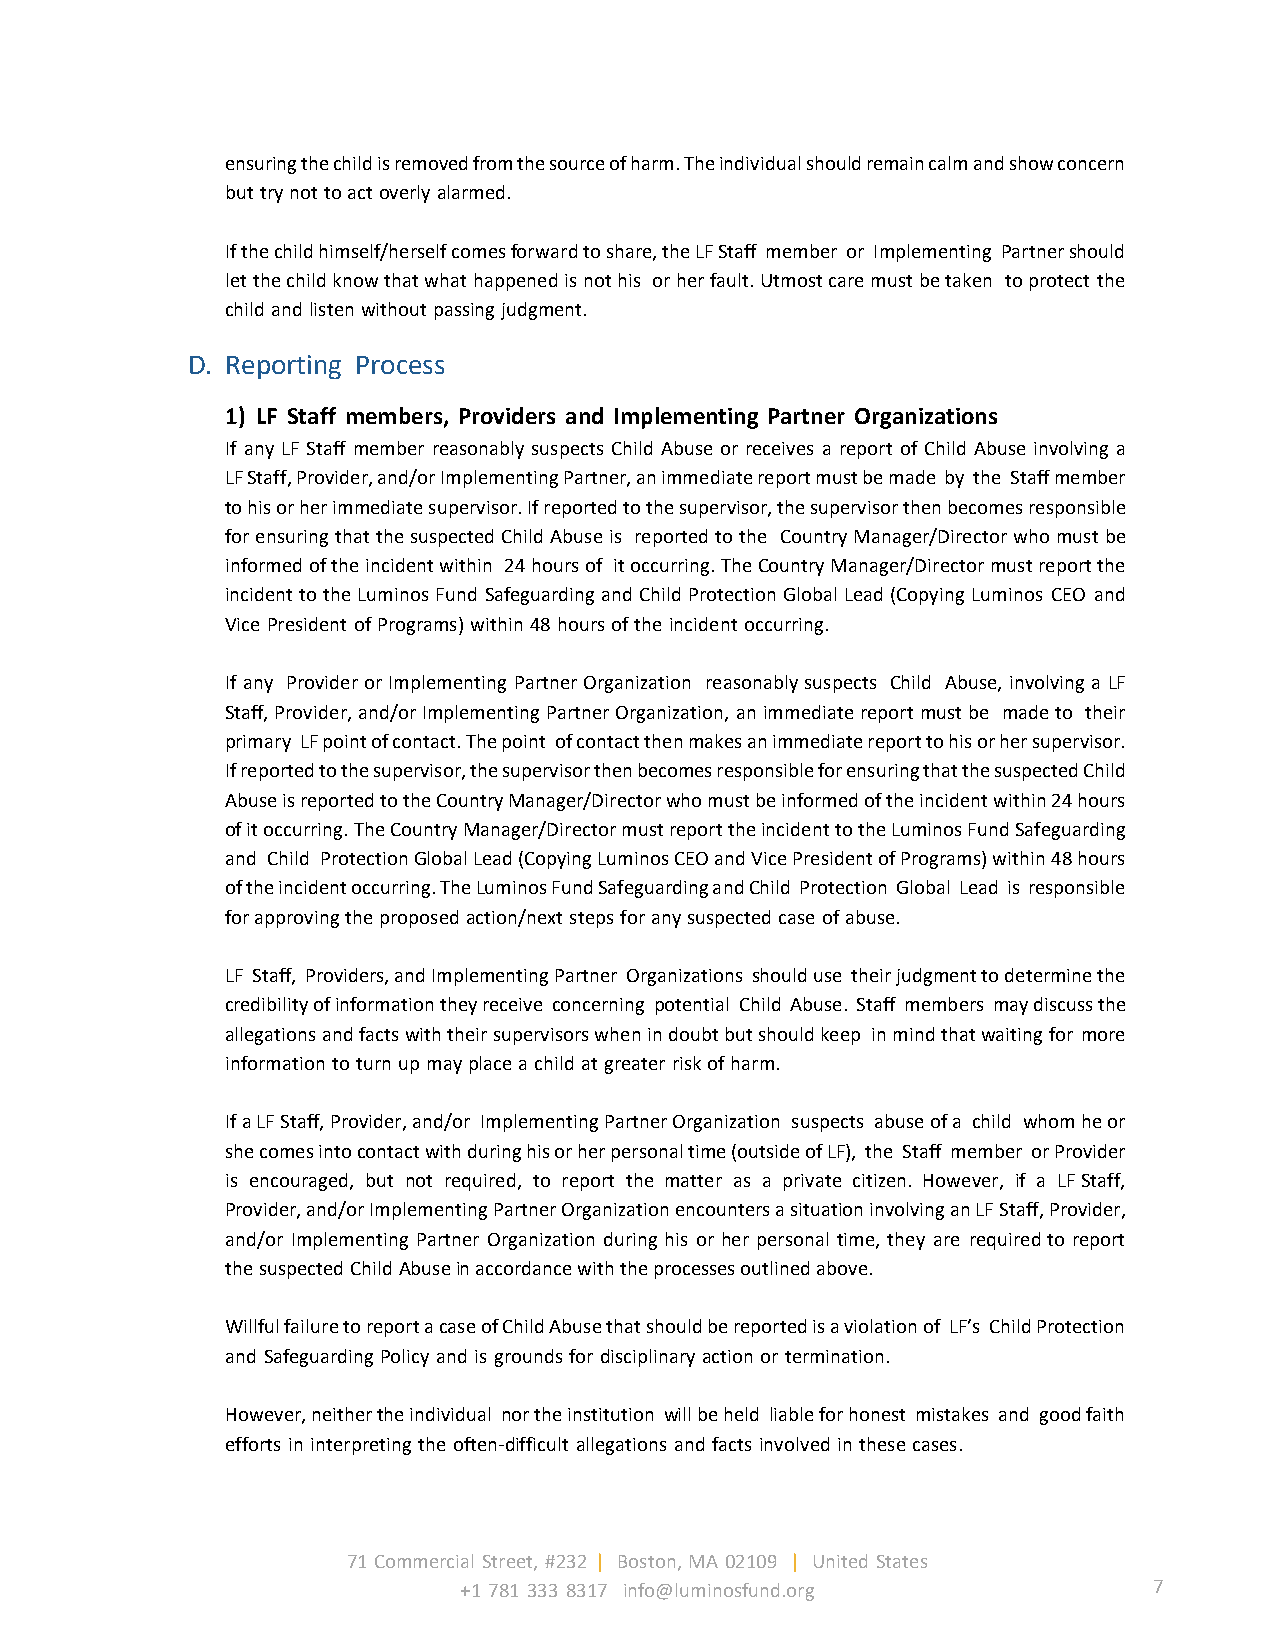
ensuring the child is removed from the source of harm. The individual should remain calm and show concern
 but try not to act overly alarmed.
 If the child himself/herself comes forward to share, the LF Staff member or Implementing Partner should
 let the child know that what happened is not his or her fault. Utmost care must be taken to protect the
 child and listen without passing judgment.
 D. Reporting Process
 1) LF Staff members, Providers and Implementing Partner Organizations
 If any LF Staff member reasonably suspects Child Abuse or receives a report of Child Abuse involving a
 LF Staff, Provider, and/or Implementing Partner, an immediate report must be made by the Staff member
 to his or her immediate supervisor. If reported to the supervisor, the supervisor then becomes responsible
 for ensuring that the suspected Child Abuse is reported to the Country Manager/Director who must be
 informed of the incident within 24 hours of it occurring. The Country Manager/Director must report the
 incident to the Luminos Fund Safeguarding and Child Protection Global Lead (Copying Luminos CEO and
 Vice President of Programs) within 48 hours of the incident occurring.
 If any Provider or Implementing Partner Organization reasonably suspects Child Abuse, involving a LF
 Staff, Provider, and/or Implementing Partner Organization, an immediate report must be made to their
 primary LF point of contact. The point of contact then makes an immediate report to his or her supervisor.
 If reported to the supervisor, the supervisor then becomes responsible for ensuring that the suspected Child
 Abuse is reported to the Country Manager/Director who must be informed of the incident within 24 hours
 of it occurring. The Country Manager/Director must report the incident to the Luminos Fund Safeguarding
 and Child Protection Global Lead (Copying Luminos CEO and Vice President of Programs) within 48 hours
 of the incident occurring. The Luminos Fund Safeguarding and Child Protection Global Lead is responsible
 for approving the proposed action/next steps for any suspected case of abuse.
 LF Staff, Providers, and Implementing Partner Organizations should use their judgment to determine the
 credibility of information they receive concerning potential Child Abuse. Staff members may discuss the
 allegations and facts with their supervisors when in doubt but should keep in mind that waiting for more
 information to turn up may place a child at greater risk of harm.
 If a LF Staff, Provider, and/or Implementing Partner Organization suspects abuse of a child whom he or
 she comes into contact with during his or her personal time (outside of LF), the Staff member or Provider
 is encouraged, but not required, to report the matter as a private citizen. However, if a LF Staff,
 Provider, and/or Implementing Partner Organization encounters a situation involving an LF Staff, Provider,
 and/or Implementing Partner Organization during his or her personal time, they are required to report
 the suspected Child Abuse in accordance with the processes outlined above.
 Willful failure to report a case of Child Abuse that should be reported is a violation of LF’s Child Protection
 and Safeguarding Policy and is grounds for disciplinary action or termination.
 However, neither the individual nor the institution will be held liable for honest mistakes and good faith
 efforts in interpreting the often-difficult allegations and facts involved in these cases.
 71 Commercial Street, #232 | Boston, MA 02109 | United States
 +1 781 333 8317 info@luminosfund.org          7